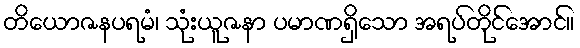
တိယောဇနပရမံ၊ သုံးယူဇနာ ပမာဏရှိသော အရပ်တိုင်အောင်။